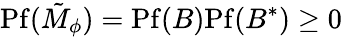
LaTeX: \mathrm{Pf}(\tilde{M}_{\phi})=\mathrm{Pf}(B)\mathrm{Pf}(B^{*})\ge 0